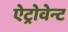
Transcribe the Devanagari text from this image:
ऐट्रोवेन्ट